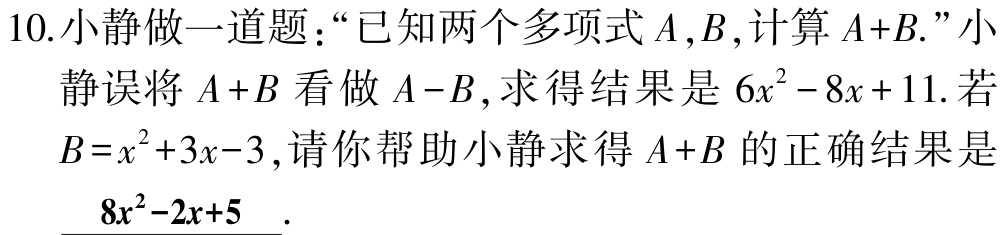
10.小静做一道题：“已知两个多项式\(A,B\),计算 \(A + B\).”小静误将 \(A + B\) 看做 \(A - B\), 求得结果是 \(6x^{2}-8x + 11\). 若\(B = x^{2}+3x - 3\), 请你帮助小静求得 \(A + B\) 的正确结果是 \(\underline{8x^{2}-2x + 5}\).